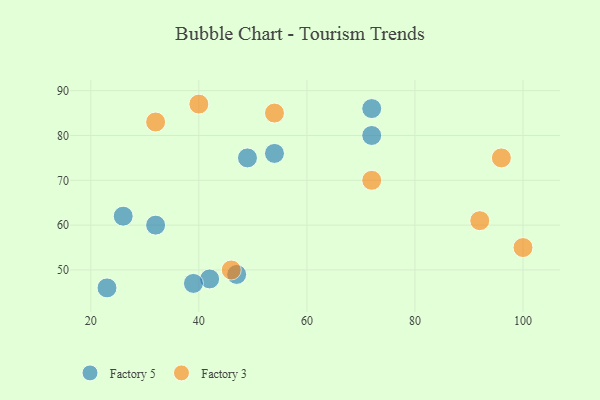
{"axis": {"x": "GDP", "y": "Life Expectancy"}, "legend": ["Factory 3", "Factory 5"], "data": [{"x": "32", "y": 60, "type": "Factory 5"}, {"x": "23", "y": 46, "type": "Factory 5"}, {"x": "72", "y": 80, "type": "Factory 5"}, {"x": "26", "y": 62, "type": "Factory 5"}, {"x": "47", "y": 49, "type": "Factory 5"}, {"x": "72", "y": 86, "type": "Factory 5"}, {"x": "54", "y": 76, "type": "Factory 5"}, {"x": "49", "y": 75, "type": "Factory 5"}, {"x": "42", "y": 48, "type": "Factory 5"}, {"x": "39", "y": 47, "type": "Factory 5"}, {"x": "32", "y": 83, "type": "Factory 3"}, {"x": "100", "y": 55, "type": "Factory 3"}, {"x": "54", "y": 85, "type": "Factory 3"}, {"x": "40", "y": 87, "type": "Factory 3"}, {"x": "92", "y": 61, "type": "Factory 3"}, {"x": "46", "y": 50, "type": "Factory 3"}, {"x": "96", "y": 75, "type": "Factory 3"}, {"x": "72", "y": 70, "type": "Factory 3"}]}